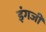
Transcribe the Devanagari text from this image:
इंगजी